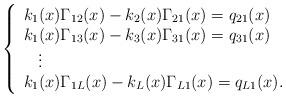
LaTeX: \begin{align*}\left\{\begin{array}{ll}k_1(x)\Gamma_{12}(x)-k_2(x)\Gamma_{21}(x)=q_{21}(x)\\k_1(x)\Gamma_{13}(x)-k_3(x)\Gamma_{31}(x)=q_{31}(x)\\\:\:\:\:\vdots\\k_1(x)\Gamma_{1L}(x)-k_L(x)\Gamma_{L1}(x)=q_{L1}(x).\end{array}\right.\end{align*}